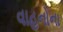
વાહનોના